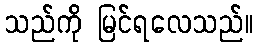
သည်ကို မြင်ရလေသည်။